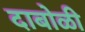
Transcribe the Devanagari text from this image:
दाबोळी